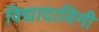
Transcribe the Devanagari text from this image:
विद्यादायिनी